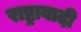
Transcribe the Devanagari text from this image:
राष्ट्रावादी